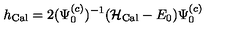
h _ { \mathrm { C a l } } = 2 ( \Psi _ { 0 } ^ { ( c ) } ) ^ { - 1 } ( { \cal H } _ { \mathrm { C a l } } - E _ { 0 } ) \Psi _ { 0 } ^ { ( c ) }